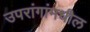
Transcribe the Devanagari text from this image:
उपरांगांमधील